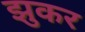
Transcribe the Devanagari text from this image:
झुकर